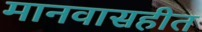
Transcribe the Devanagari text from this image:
मानवासहीत